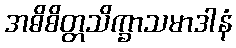
အဓိစိတ္တသိက္ခာသမာဒါနံ